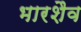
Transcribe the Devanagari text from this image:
भारशैव